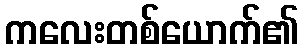
ကလေးတစ်ယောက်၏